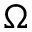
\Omega